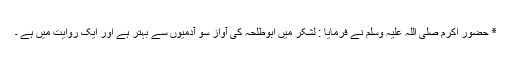
٭ حضور اکرم صلی اللہ علیہ وسلم نے فرمایا : لشکر میں ابوطلحہ کی آواز سو آدمیوں سے بہتر ہے اور ایک روایت میں ہے ۔